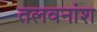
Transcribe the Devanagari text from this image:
तलवनांश